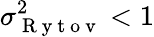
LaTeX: \sigma_{\mathrm{~R~y~t~o~v~}}^{2}<1